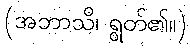
(အဘာသိ၊ ရွတ်၏။)